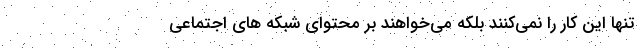
تنها این کار را نمی‌کنند بلکه می‌خواهند بر محتوای شبکه های اجتماعی